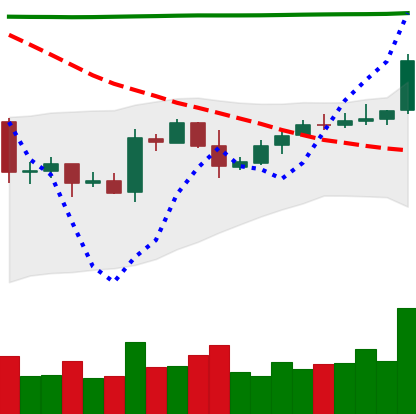
Ticker: EOS-USD
Chart end date: 2020-04-29
Forward return: -7.834%
Label: down_7plus